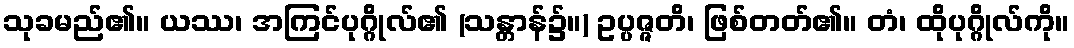
သုခမည်၏။ ယဿ၊ အကြင်ပုဂ္ဂိုလ်၏ (သန္တာန်၌။) ဥပ္ပဇ္ဇတိ၊ ဖြစ်တတ်၏။ တံ၊ ထိုပုဂ္ဂိုလ်ကို။